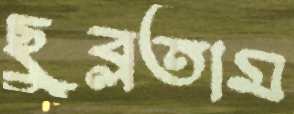
ছুব্‌লতাম